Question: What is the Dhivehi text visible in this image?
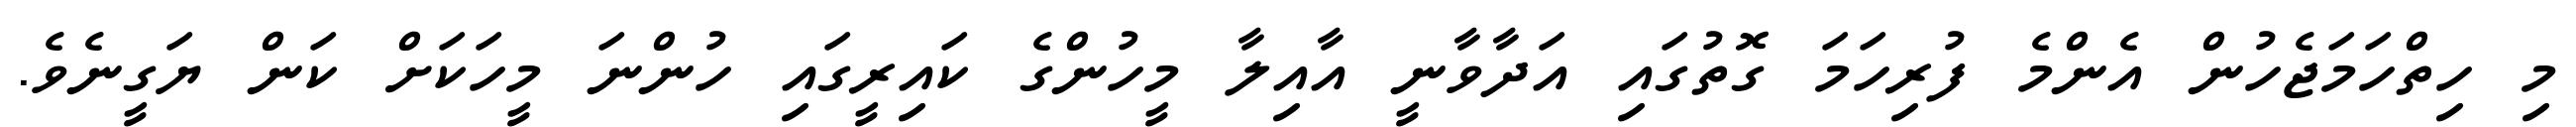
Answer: މި ހިތްހަމަޖެހުން އެންމެ ފުރިހަމަ ގޮތުގައި އަދާވާނީ އާއިލާ މީހުންގެ ކައިރީގައި ހުންނަ މީހަކަށް ކަން ޔަގީނެވެ.